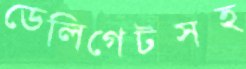
ডেলিগেটসহ